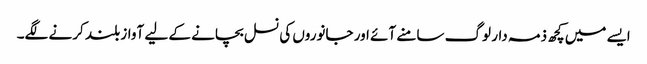
ایسے میں کچھ ذمہ دار لوگ سامنے آئے اور جانوروں کی نسل بچانے کے لیے آواز بلند کرنے لگے۔